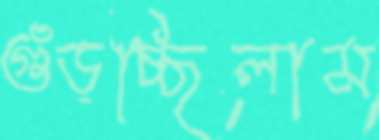
গুঁড়চ্ছিলাম